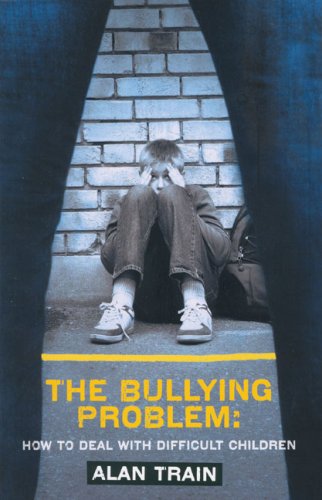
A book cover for The Bullying Problem: How to Deal with Difficult Children (Human Horizons); Alan Train; Teen & Young Adult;